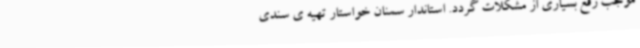
موجب رفع بسیاری از مشکلات گردد.‌ استاندار سمنان خواستار تهیه ی سندی